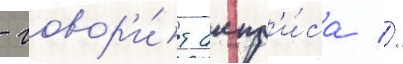
- говор'и́т актр'и́са //